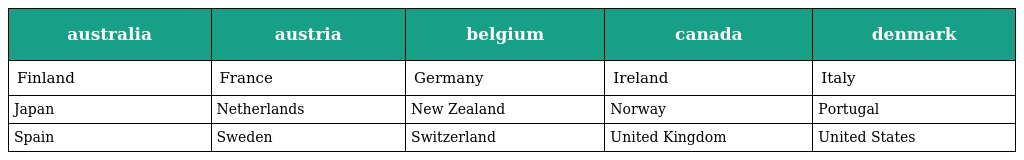
| australia | austria | belgium | canada | denmark |
 | --- | --- | --- | --- | --- |
 | Finland | France | Germany | Ireland | Italy |
 | Japan | Netherlands | New Zealand | Norway | Portugal |
 | Spain | Sweden | Switzerland | United Kingdom | United States |